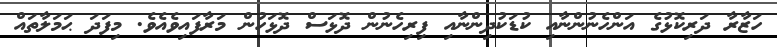
ހަޒާރާ ދަރިކޮޅުގެ އަންހެނުންނާއި ކުޑަކުދިންނާއި ފިރިހެނުން ދޮޅަސް ދޮޅަހުން މަރާފައިވެއެވެ. މިފަދަ ޙަމަލާތައް